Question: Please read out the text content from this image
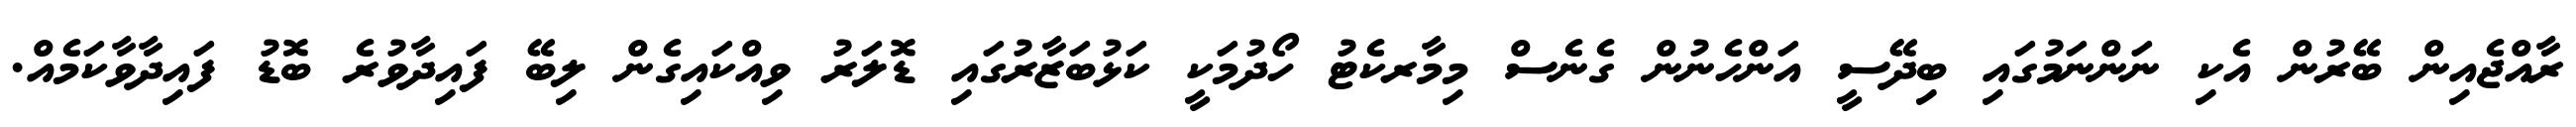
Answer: ރާއްޖެއިން ބޭރުން އެކި ނަންނަމުގައި ބިދޭސީ އަންހެނުން ގެނެސް މިމާރކެޓު ހޯދުމަކީ ކަޅުބަޒާރުގައި ޑޮލަރު ވިއްކައިގެން ލިބޭ ފައިދާވުރެ ބޮޑު ފައިދާވާކަމެއް.